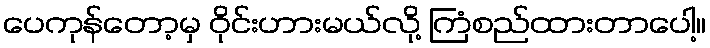
ပေကုန်တော့မှ ဝိုင်းဟားမယ်လို့ ကြံစည်ထားတာပေါ့။